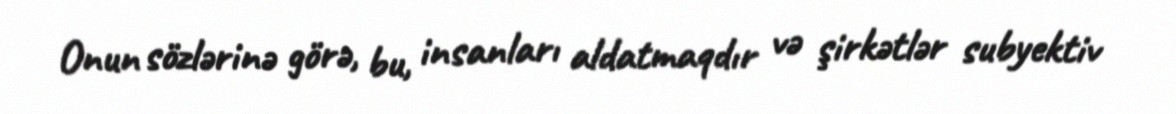
Onun sözlərinə görə, bu, insanları aldatmaqdır və şirkətlər subyektiv